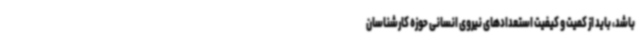
باشد، باید از کمیت و کیفیت استعدادهای نیروی انسانی حوزه کارشناسان